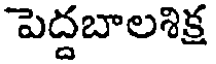
పెద్దబాలశిక్ష